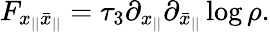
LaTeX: F_{x_{||}\bar{x}_{||}}=\tau_{3}\partial_{x_{||}}\partial_{\bar{x}_{||}}\log\rho.